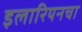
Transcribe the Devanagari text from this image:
इलारियनचा